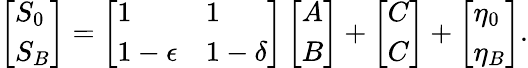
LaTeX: \left[\begin{array}{l}{S_{0}}\\ {S_{B}}\end{array}\right]=\left[\begin{array}{ll}{1}&{1}\\ {1-\epsilon}&{1-\delta}\end{array}\right]\left[\begin{array}{l}{A}\\ {B}\end{array}\right]+\left[\begin{array}{l}{C}\\ {C}\end{array}\right]+\left[\begin{array}{l}{\eta_{0}}\\ {\eta_{B}}\end{array}\right].